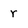
Character: r